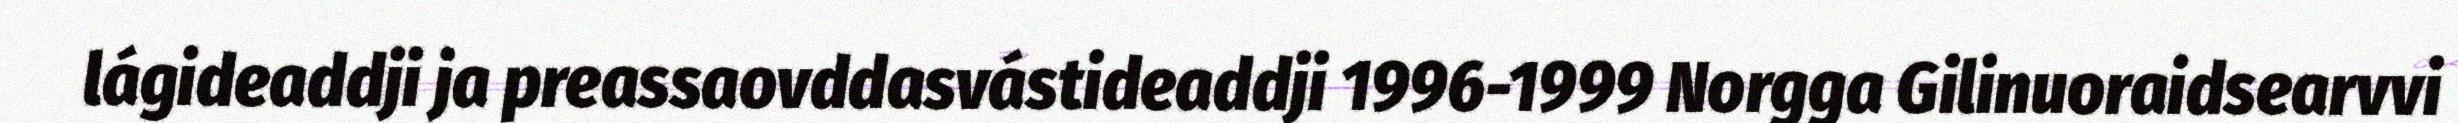
lágideaddji ja preassaovddasvástideaddji 1996-1999 Norgga Gilinuoraidsearvvi